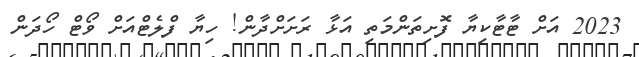
2023 އަށް ޓާޓާކިޔާ ފޮށިތަންމަތި އަޅާ ރަށަށްދާން! ހިޔާ ފްލެޓްއަށް ވޯޓް ހޯދަން